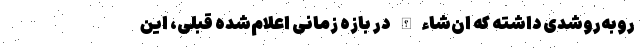
رو‌به‌روشدی داشته که ان‌شاءالله در بازه زمانی اعلام‌شده قبلی، این